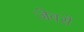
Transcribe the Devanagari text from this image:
जे़वरों